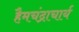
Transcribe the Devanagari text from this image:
हैमचंद्राचार्य